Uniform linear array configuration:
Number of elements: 24
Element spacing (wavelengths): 0.25
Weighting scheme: binomial
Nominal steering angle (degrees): -45
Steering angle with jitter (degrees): -46.339
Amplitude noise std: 0.05
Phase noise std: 0.05

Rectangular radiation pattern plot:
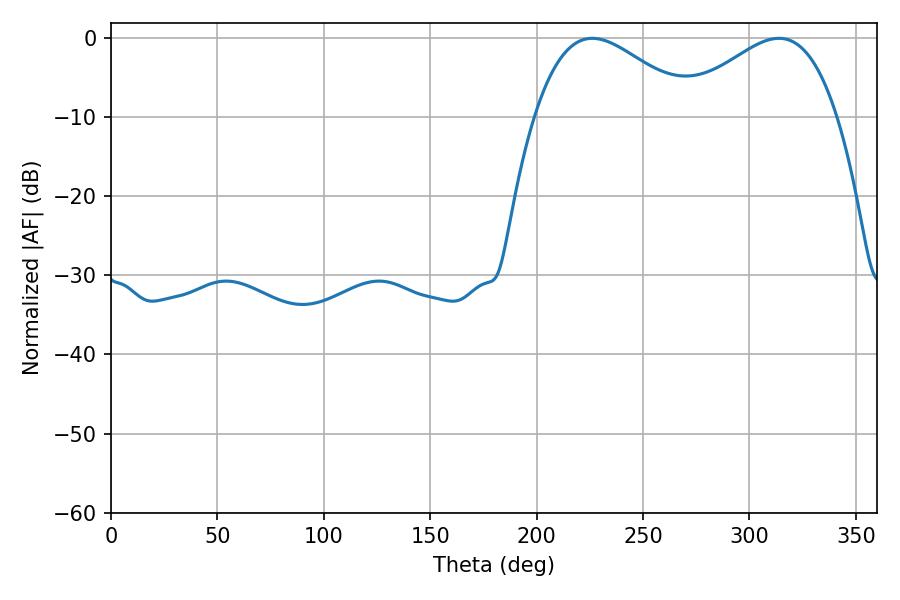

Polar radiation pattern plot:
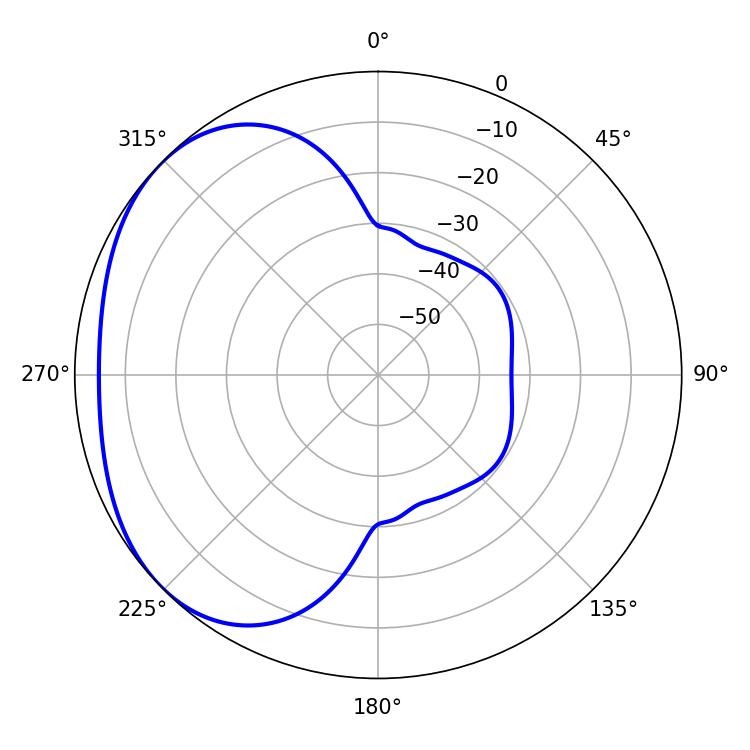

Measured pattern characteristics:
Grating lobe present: FALSE
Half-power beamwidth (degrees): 40.32
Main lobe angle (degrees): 226.08